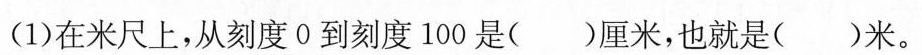
(1)在米尺上，从刻度0到刻度100是()厘米，也就是()米。